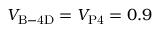
V _ { \mathrm { B - 4 D } } = V _ { \mathrm { P 4 } } = 0 . 9